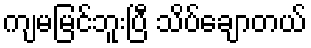
ကျမမြင်ဘူးပြီ သိပ်ချောတယ်